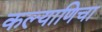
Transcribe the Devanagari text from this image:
कल्याणिचा